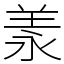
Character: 羕